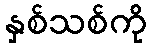
နှစ်သစ်ကို